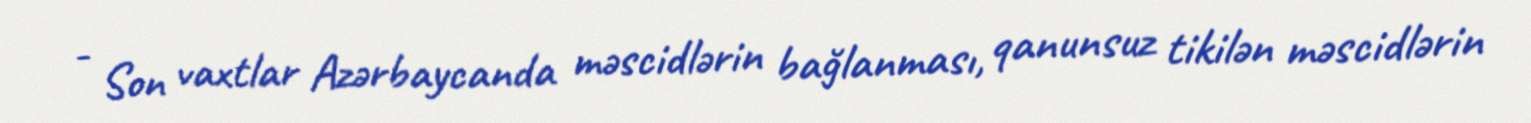
- Son vaxtlar Azərbaycanda məscidlərin bağlanması, qanunsuz tikilən məscidlərin